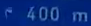
^400m